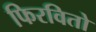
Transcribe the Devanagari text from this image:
फिरवितो